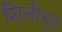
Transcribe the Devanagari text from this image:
शिलीभूत